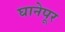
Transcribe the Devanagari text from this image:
घानेपूर